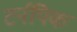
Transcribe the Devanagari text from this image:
टर्नपिक